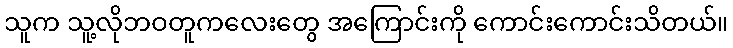
သူက သူ့လိုဘဝတူကလေးတွေ အကြောင်းကို ကောင်းကောင်းသိတယ်။